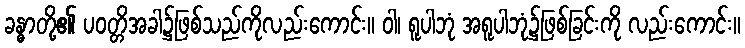
ခန္ဓာတို့၏ ပဝတ္တိအခါ၌ဖြစ်သည်ကိုလည်းကောင်း။ ဝါ၊ ရူပါဘုံ အရူပါဘုံ၌ဖြစ်ခြင်းကို လည်းကောင်း။